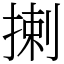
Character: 揦